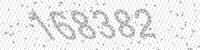
Solution: 168382